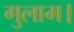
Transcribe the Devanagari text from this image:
गुलाम।